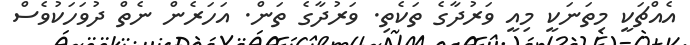
އެއްޗަކީ މިތަނަކީ މިއީ ވަރުދާގެ ތަކެތި. ވަރުދާގެ ތަން. އަހަރެން ނެތް ދުވަހަކުވެސް